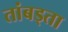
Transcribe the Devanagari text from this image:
तांबड्ता